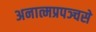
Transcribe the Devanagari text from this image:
अनात्मप्रपञ्चसे